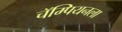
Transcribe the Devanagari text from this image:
चॅम्पियनला